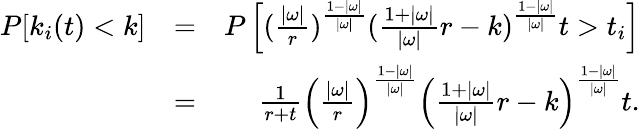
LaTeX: \begin{array}{rlr}{P[k_{i}(t)<k]}&{=}&{P\left[(\frac{|\omega|}{r})^{\frac{1-|\omega|}{|\omega|}}(\frac{1+|\omega|}{|\omega|}r-k)^{\frac{1-|\omega|}{|\omega|}}t>t_{i}\right]}\\ &{=}&{\frac{1}{r+t}\left(\frac{|\omega|}{r}\right)^{\frac{1-|\omega|}{|\omega|}}\left(\frac{1+|\omega|}{|\omega|}r-k\right)^{\frac{1-|\omega|}{|\omega|}}t.}\end{array}